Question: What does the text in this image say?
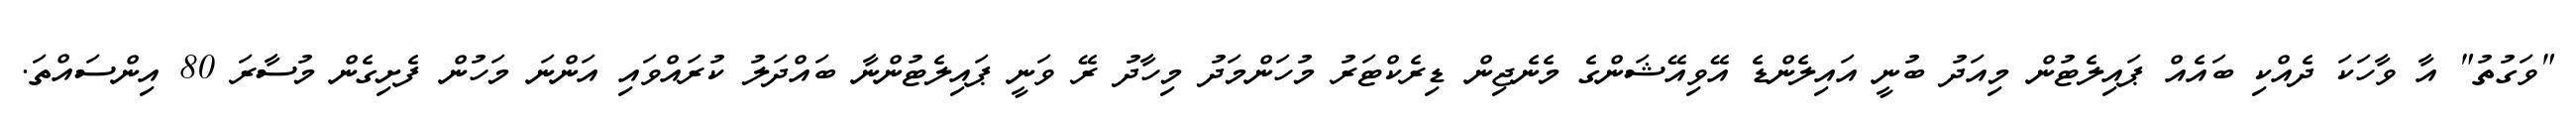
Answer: "ވަގުތު" އާ ވާހަކަ ދެއްކި ބައެއް ޕައިލެޓުން މިއަދު ބުނީ އައިލެންޑެ އޭވިއޭޝަންގެ މެނެޖިން ޑިރެކްޓަރު މުހަންމަދު މިހާދު ރޭ ވަނީ ޕައިލެޓުންނާ ބައްދަލު ކުރައްވައި އަންނަ މަހުން ފެށިގެން މުސާރަ 80 އިންސައްތަ.